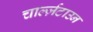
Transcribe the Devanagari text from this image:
चार्ल्ज़टाउन